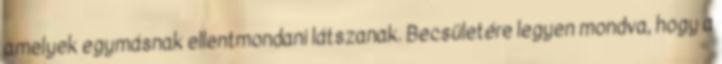
amelyek egymásnak ellentmondani látszanak. Becsületére legyen mondva, hogy a